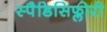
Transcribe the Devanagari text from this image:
स्पैडिसिफ्लोरी